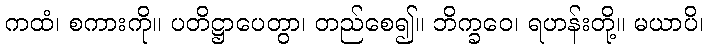
ကထံ၊ စကားကို။ ပတိဋ္ဌာပေတွာ၊ တည်စေ၍။ ဘိက္ခဝေ၊ ရဟန်းတို့။ မယာပိ၊